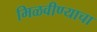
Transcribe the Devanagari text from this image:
मिळवीण्याचा